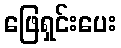
ဖြေရှင်းပေး